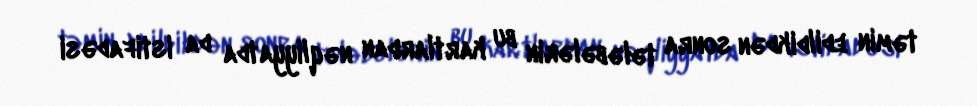
təmin edildikdən sonra tələbələrin bu kartlardan nəqliyyatda da istifadəsi